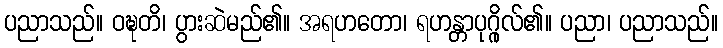
ပညာသည်။ ဝဍ္ဎတိ၊ ပွားဆဲမည်၏။ အရဟတော၊ ရဟန္တာပုဂ္ဂိုလ်၏။ ပညာ၊ ပညာသည်။